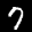
Label: 7